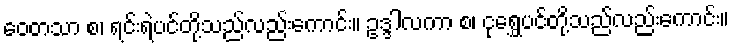
ဝေတသာ စ၊ ရင်းရဲပင်တို့သည်လည်းကောင်း။ ဥဒ္ဒါလကာ စ၊ ငုရွှေပင်တို့သည်လည်းကောင်း။